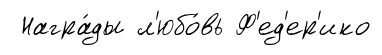
Награ́ды л'юбо́вь Ф'ед'ер'ико